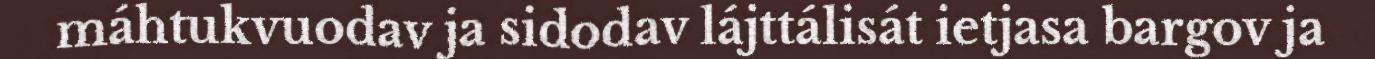
máhtukvuodav ja sidodav lájttálisát ietjasa bargov ja